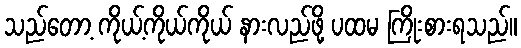
သည်တော့ ကိုယ့်ကိုယ်ကိုယ် နားလည်ဖို့ ပထမ ကြိုးစားရသည်။